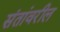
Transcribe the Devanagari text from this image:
संतांवरील